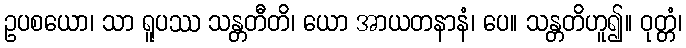
ဥပစယော၊ သာ ရူပဿ သန္တတီတိ၊ ယော အာယတနာနံ၊ ပေ။ သန္တတိဟူ၍။ ဝုတ္တံ၊